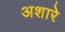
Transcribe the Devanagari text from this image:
अशारे